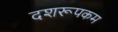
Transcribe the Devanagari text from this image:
दशरूपकम